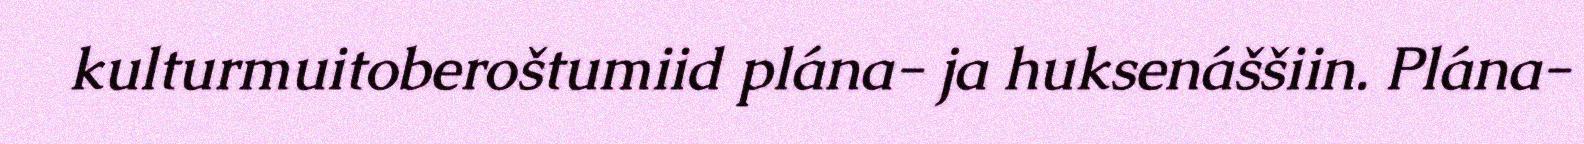
kulturmuitoberoštumiid plána- ja huksenáššiin. Plána-